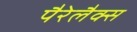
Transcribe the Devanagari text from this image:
पैरेलैक्स